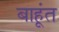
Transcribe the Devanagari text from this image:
बाहूंत